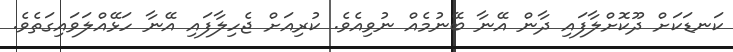
ކަނޑަކަށް ދޫކޮށްލާފައި ދާން އޭނާ ބޭނުމެއް ނުވިއެވެ. ކުރިއަށް ޖެހިލާފައި އޭނާ ހަޅޭއްލަވައިގަތެވެ.